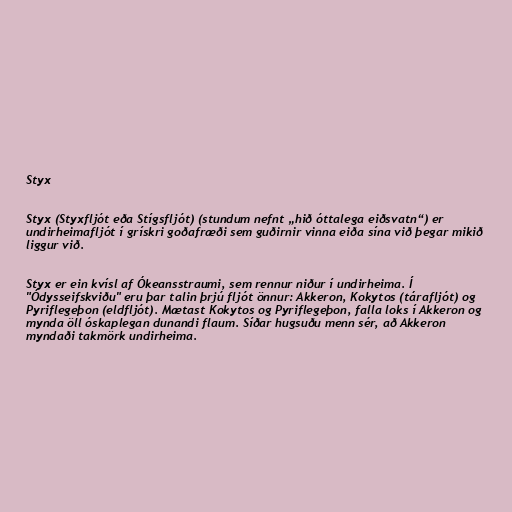
Styx

Styx (Styxfljót eða Stígsfljót) (stundum nefnt „hið óttalega eiðsvatn“) er
undirheimafljót í grískri goðafræði sem guðirnir vinna eiða sína við þegar mikið
liggur við.

Styx er ein kvísl af Ókeansstraumi, sem rennur niður í undirheima. Í
"Ódysseifskviðu" eru þar talin þrjú fljót önnur: Akkeron, Kokytos (tárafljót) og
Pyriflegeþon (eldfljót). Mætast Kokytos og Pyriflegeþon, falla loks í Akkeron og
mynda öll óskaplegan dunandi flaum. Síðar hugsuðu menn sér, að Akkeron
myndaði takmörk undirheima.